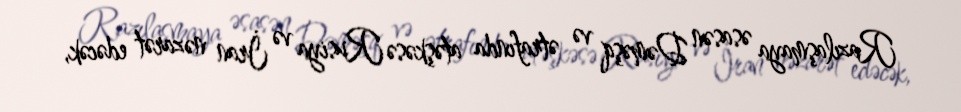
Razılaşmaya əsasən Dəməşq və ətrafında atəşkəsə Rusiya və İran nəzarət edəcək,